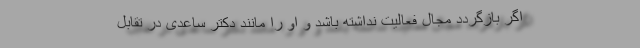
اگر بازگردد مجال فعالیت نداشته باشد و او را مانند دکتر ساعدی در تقابل